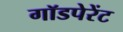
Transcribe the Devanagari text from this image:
गॉडपेरेंट